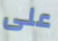
على